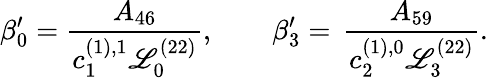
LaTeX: \beta_{0}^{\prime}=\frac{A_{46}}{c_{1}^{(1),1}\mathscr{L}_{0}^{(22)}},\qquad\beta_{3}^{\prime}=\, \frac{A_{59}}{c_{2}^{(1),0}\mathscr{L}_{3}^{(22)}}.